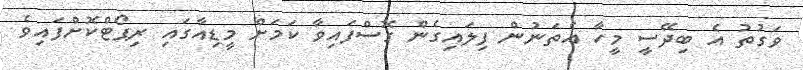
ވަގުތު އެ ބިދޭސީ މީހާ އެތަނުން ފިލައިގެން ގޮސްފައިވާ ކަމަށް މީޑިއާގައި ރިޕޯޓްކޮށްފައިވެ